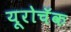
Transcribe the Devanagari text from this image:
यूरोचॅक